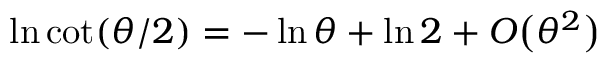
\ln \cot ( \theta / 2 ) = - \ln \theta + \ln 2 + O \big ( \theta ^ { 2 } \big )